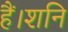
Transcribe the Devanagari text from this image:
हैं।शनि